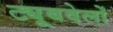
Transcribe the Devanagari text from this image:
ट्यूबवेलों